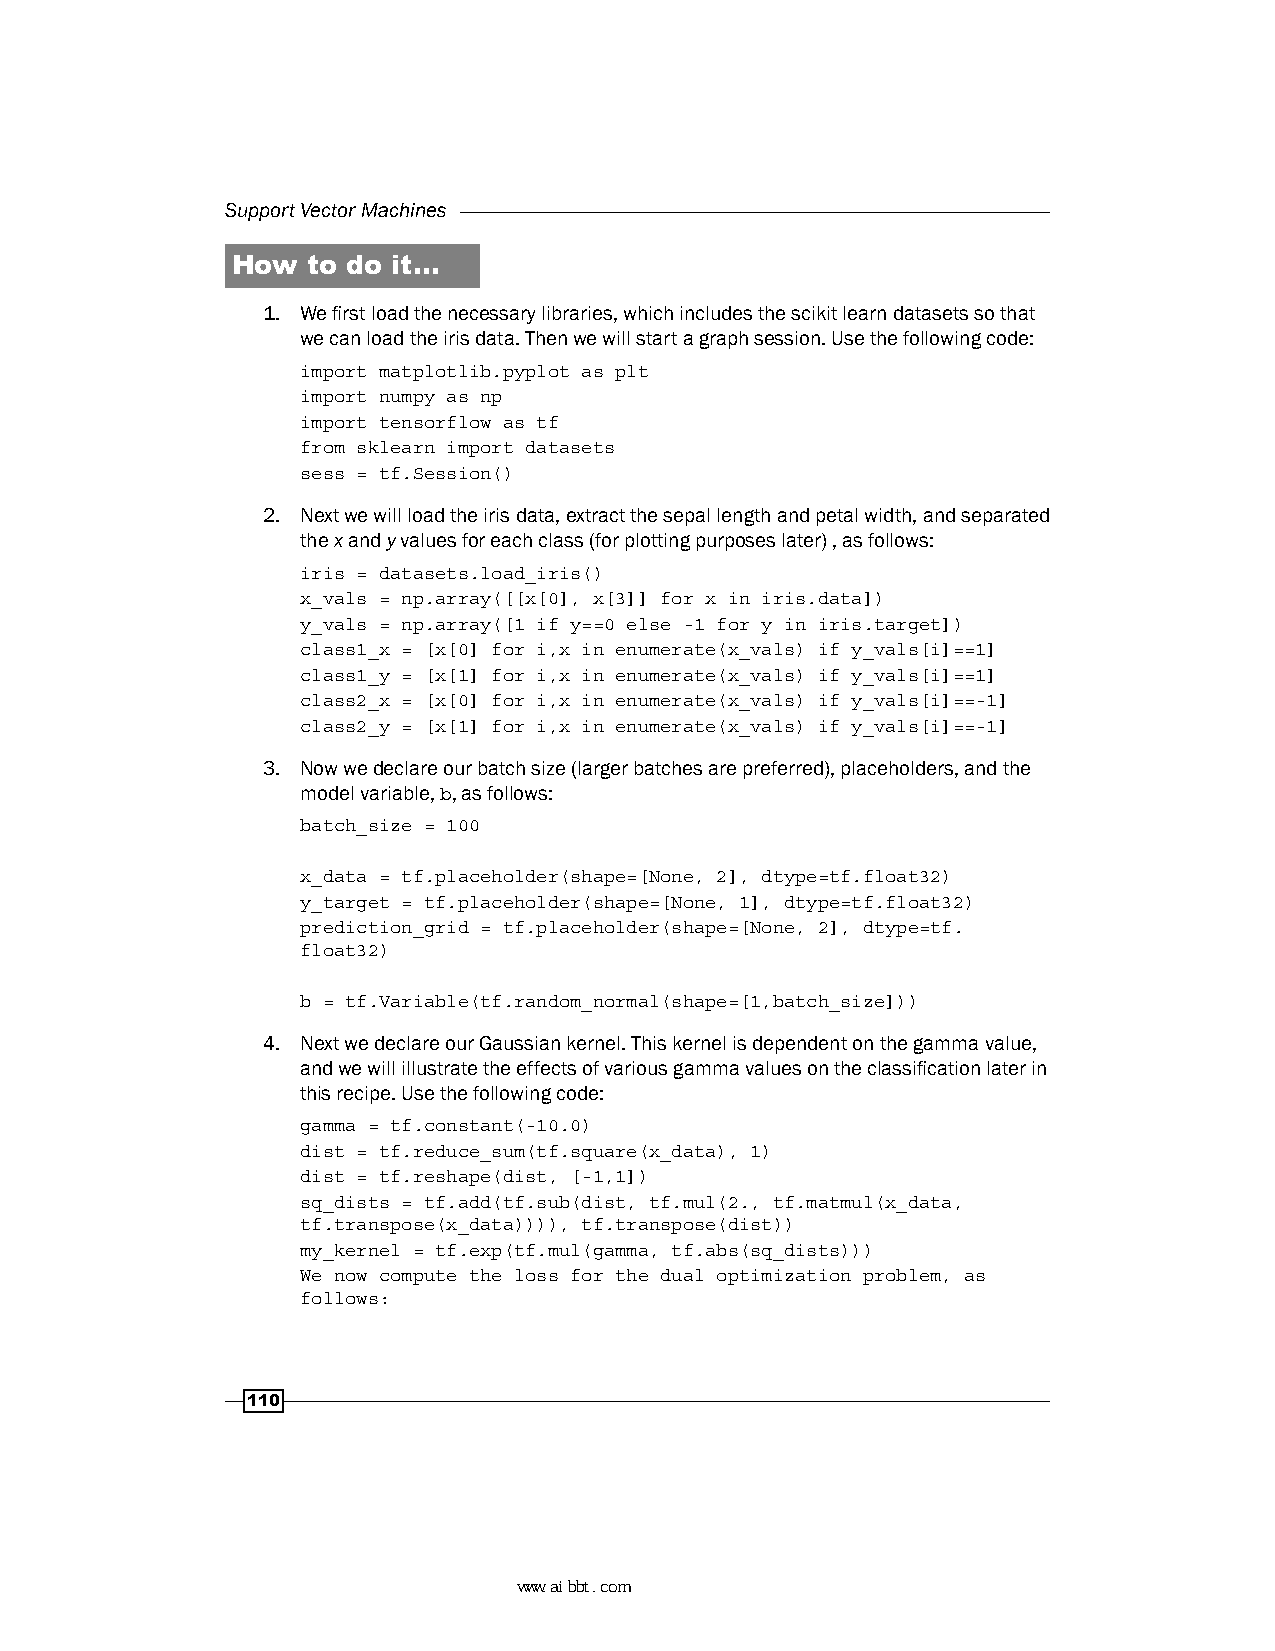
Support Vector Machines
 How  to do it…
 1. We first load the necessary libraries, which includes the scikit learn datasets so that
 we can load the iris data. Then we will start a graph session. Use the following code:
 import matplotlib.pyplot as plt
 import numpy as np
 import tensorflow as tf
 from sklearn import datasets
 sess = tf.Session()
 2. Next we will load the iris data, extract the sepal length and petal width, and separated
 the x and y values for each class (for plotting purposes later) , as follows:
 iris = datasets.load_iris()
 x_vals = np.array([[x[0], x[3]] for x in iris.data])
 y_vals = np.array([1 if y==0 else -1 for y in iris.target])
 class1_x = [x[0] for i,x in enumerate(x_vals) if y_vals[i]==1]
 class1_y = [x[1] for i,x in enumerate(x_vals) if y_vals[i]==1]
 class2_x = [x[0] for i,x in enumerate(x_vals) if y_vals[i]==-1]
 class2_y = [x[1] for i,x in enumerate(x_vals) if y_vals[i]==-1]
 3. Now we declare our batch size (larger batches are preferred), placeholders, and the
 model variable, b, as follows:
 batch_size = 100
 x_data = tf.placeholder(shape=[None, 2], dtype=tf.float32)
 y_target = tf.placeholder(shape=[None, 1], dtype=tf.float32)
 prediction_grid = tf.placeholder(shape=[None, 2], dtype=tf.
 float32)
 b = tf.Variable(tf.random_normal(shape=[1,batch_size]))
 4. Next we declare our Gaussian kernel. This kernel is dependent on the gamma value,
 and we will illustrate the effects of various gamma values on the classification later in
 this recipe. Use the following code:
 gamma = tf.constant(-10.0)
 dist = tf.reduce_sum(tf.square(x_data), 1)
 dist = tf.reshape(dist, [-1,1])
 sq_dists = tf.add(tf.sub(dist, tf.mul(2., tf.matmul(x_data,
 tf.transpose(x_data)))), tf.transpose(dist))
 my_kernel = tf.exp(tf.mul(gamma, tf.abs(sq_dists)))
 We now compute the loss for the dual optimization problem, as
 follows:
 110
 www.aibbt.com 让未来触手可及